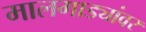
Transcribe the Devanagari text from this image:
मालगाड्यांवर